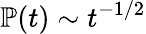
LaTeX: {\mathbb{P}}(t)\sim t^{-1/2}